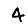
Digit: 4